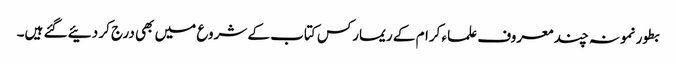
بطور نمونہ چند معروف علماء کرام کے ریمارکس کتاب کے شروع میں بھی درج کر دئیے گئے ہیں۔